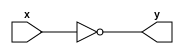
`timescale 1ns / 1ps

module inverter(input x, output y);
assign y = ~x;
endmodule

module inverter_FPGA_TB(input [15:0] sw, output [15:0] led);
    inverter DUT(
                    .x(sw[0]),
                    .y(led[0])
                    );
endmodule
    
//module inverter_TB();
//reg x;
//wire y;
//inverter DUT(x,y);
//initial begin
//    x=0;#10;
//    x=1;#10;
//end
//endmodule